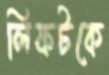
লিফটকে